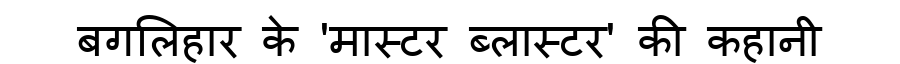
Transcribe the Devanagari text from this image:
बगलिहार के 'मास्टर ब्लास्टर' की कहानी